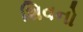
શિવનો